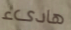
هادىء